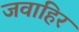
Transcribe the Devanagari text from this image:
जवाहिर